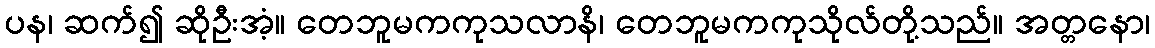
ပန၊ ဆက်၍ ဆိုဦးအံ့။ တေဘူမကကုသလာနိ၊ တေဘူမကကုသိုလ်တို့သည်။ အတ္တနော၊